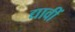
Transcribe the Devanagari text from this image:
द्यावीं